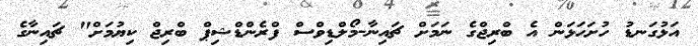
އަޅުގަނޑު ހުށަހަޅަން އެ ބްރިޖްގެ ނަމަށް ޗައިނާ-މޯލްޑިވްސް ފްރެންޑްޝިޕް ބްރިޖް ކިޔުމަށް" ޗައިނާގެ